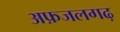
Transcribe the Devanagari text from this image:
अफ़जलगढ़